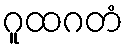
ဂူထဂတံ